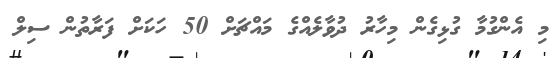
މި އެންގުމާ ގުޅިގެން މިހާރު ދުވާލެއްގެ މައްޗަށް 50 ހަކަށް ފަރާތުން ސިލް